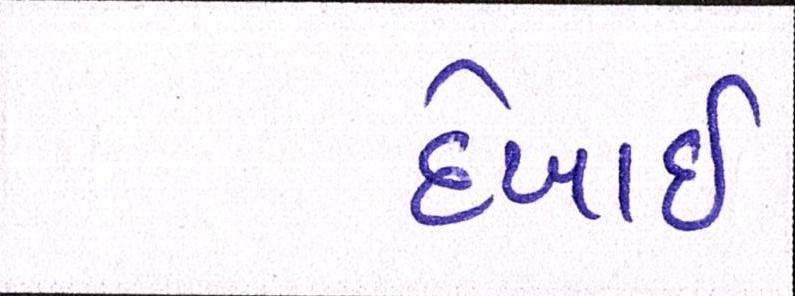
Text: દેખાઈ